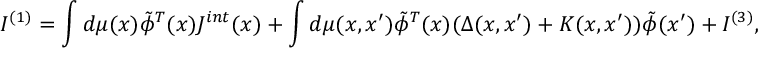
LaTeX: I ^ { ( 1 ) } = \int d \mu ( x ) \tilde { \phi } ^ { T } ( x ) J ^ { i n t } ( x ) + \int d \mu ( x , x ^ { \prime } ) \tilde { \phi } ^ { T } ( x ) ( \Delta ( x , x ^ { \prime } ) + K ( x , x ^ { \prime } ) ) \tilde { \phi } ( x ^ { \prime } ) + I ^ { ( 3 ) } ,